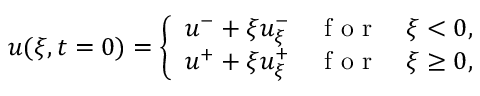
\begin{array} { r } { u ( \xi , t = 0 ) = \left\{ \begin{array} { l l } { u ^ { - } + \xi u _ { \xi } ^ { - } \quad \mathrm { ~ f ~ o ~ r ~ } \quad \xi < 0 , } \\ { u ^ { + } + \xi u _ { \xi } ^ { + } \quad \mathrm { ~ f ~ o ~ r ~ } \quad \xi \geq 0 , } \end{array} \right. } \end{array}